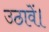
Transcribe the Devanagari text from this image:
उठावें।